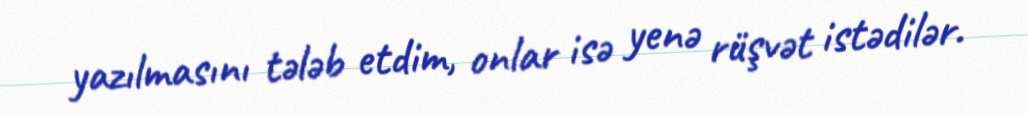
yazılmasını tələb etdim, onlar isə yenə rüşvət istədilər.